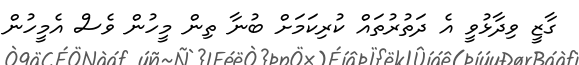
ގާޒީ ވިދާޅުވީ އެ ދަތުރުތައް ކުރިކަމަށް ބުނާ ތިން މީހުން ވެސް އެމީހުން